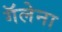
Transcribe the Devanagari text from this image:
गॅलेना